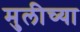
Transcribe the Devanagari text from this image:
मुलीच्‍या